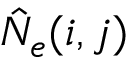
\hat { N } _ { e } ( i , j )